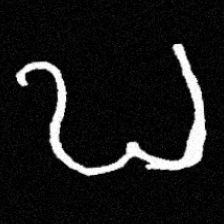
Pyu character \u2014 Myanmar letter: ဎ (romanized: ddha)